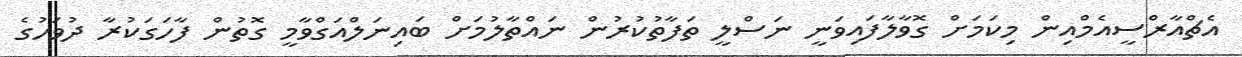
އެޗްއާރްސީއެމްއިން މިކަމަށް ގޮވާލާފައިވަނީ ނަސްލީ ތަފާތުކުރުން ނައްތާލުމަށް ބައިނަލްއަގްވާމީ ގޮތުން ފާހަގަކުރާ ދުވަހުގެ